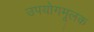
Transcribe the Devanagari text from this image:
उपयोगमूलक